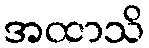
အထာသိ